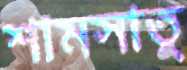
শামসাতু